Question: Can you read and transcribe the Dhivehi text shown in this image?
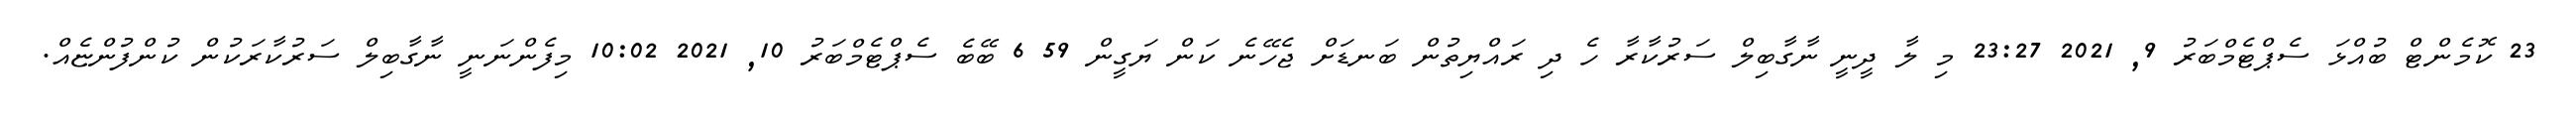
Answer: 23 ކޮމެންޓް ބުއްޅަ ސެޕްޓެމްބަރު 9, 2021 23:27 މި ލާ ދީނީ ނާގާބިލް ސަރުކާރާ ހެ ދި ރައްޔިތުން ބަނޑަށް ޖެހޭނެ ކަން ޔަގީން 59 6 ބޭބެ ސެޕްޓެމްބަރު 10, 2021 10:02 މިފެންނަނީ ނާގާބިލް ސަރުކާރަކުން ކުންފުންޏެއް.